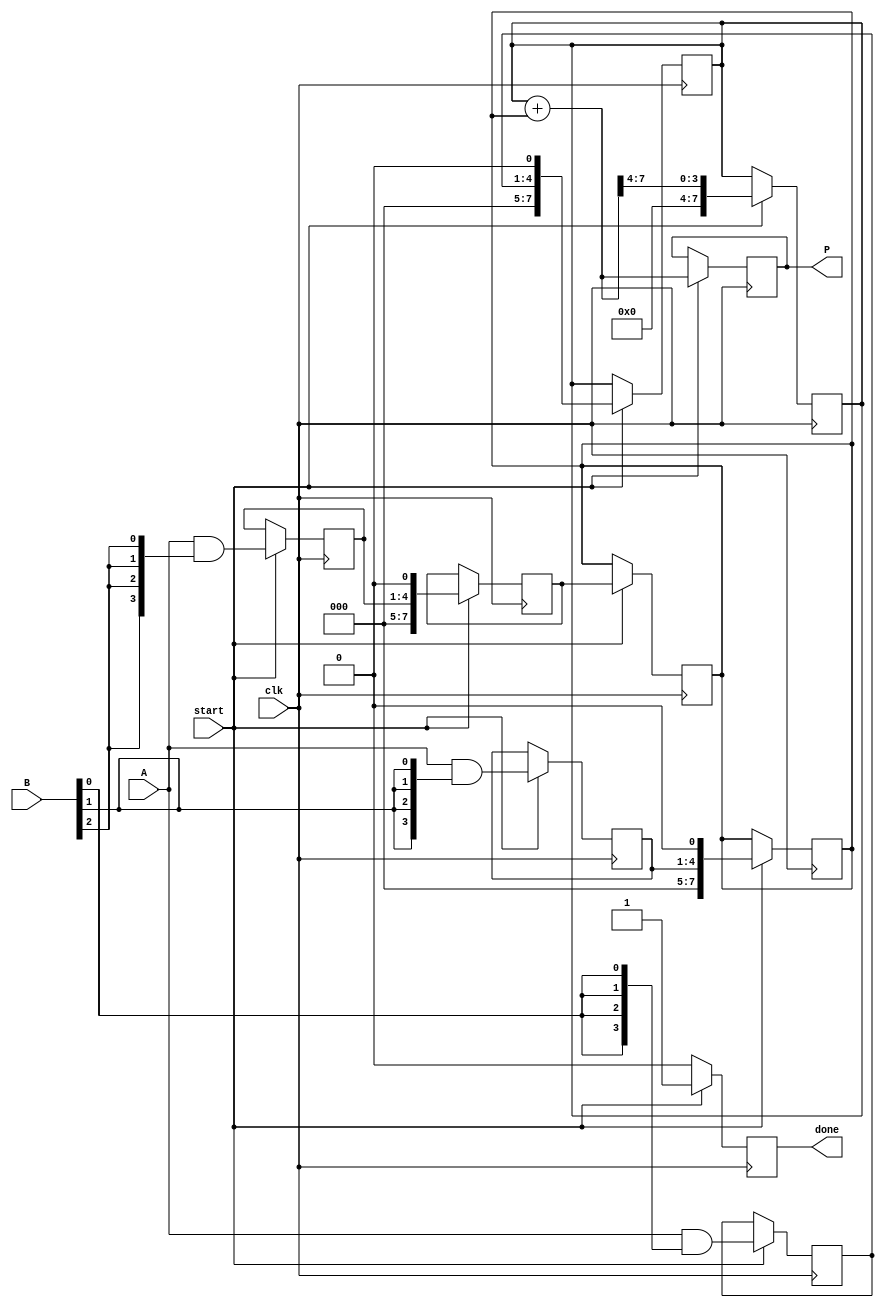
module WallaceTreeMultiplier #(
    parameter n = 4  // Bit width of inputs
)(
    input [n-1:0] A,  // Multiplicand
    input [n-1:0] B,  // Multiplier
    input clk,        // Clock signal
    input start,      // Start signal for multiplication
    output reg [2*n-1:0] P, // Product
    output reg done    // Done signal
);

    reg [n-1:0] partial_products[n-1:0]; // Partial products
    reg [2*n-1:0] sum [n-1:0];           // Sums at each reduction stage
    reg [2*n-1:0] temp_sum;               // Intermediate sum
    reg [n:0] carry;                       // Carry for addition
    reg [2*n-1:0] final_sum;              // Final sum
    integer i, j;

    // Generate partial products
    always @(posedge clk) begin
        if (start) begin
            for (i = 0; i < n; i = i + 1) begin
                partial_products[i] = A & {n{B[i]}}; // AND operation for partial product
            end
        end
    end

    // Wallace Tree Reduction - Stage 1
    always @(posedge clk) begin
        if (start) begin
            // Initialize sums
            for (i = 0; i < n; i = i + 1) begin
                sum[i] = {partial_products[i], 1'b0}; // Align partial products
            end
        end
    end

    // Wallace Tree Reduction - Subsequent Stages
    always @(posedge clk) begin
        if (start) begin
            // Stage reduction (example for two stages)
            temp_sum = {1'b0, sum[0]} + {1'b0, sum[1]};
            carry = temp_sum[n:n-1];
            sum[0] = temp_sum[2*n-1:n]; // Result from first two
            sum[1] = {carry, sum[2]}; // Combine with next
            // Continue reducing as necessary
            // Use additional full adders and half adders
        end
    end

    // Final addition stage
    always @(posedge clk) begin
        if (start) begin
            final_sum = sum[0] + sum[1]; // Final addition
            P <= final_sum;               // Product
            done <= 1;                    // Set done signal
        end else begin
            done <= 0;                    // Reset done signal
        end
    end

endmodule